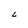
Character: L